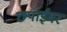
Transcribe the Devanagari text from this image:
छपाईवर